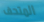
المتحف